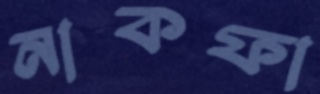
নাকফা